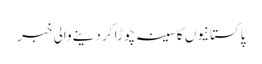
پاکستانیوں کا سینہ چوڑا کر دینے والی خبر